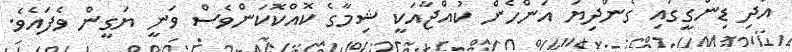
އަދި ޑިންގީގައި ގެންދިޔަ އަންހެން ކުއްޖާއަކީ ޝިމާގެ ކޮއްކޮކަންވެސް ވަނީ ޔަގީން ވެފައެވެ.